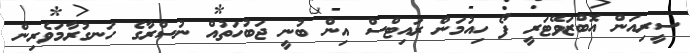
ސީރިއަން އޮބްޒަވޭޓަރީ ފޯ ހިއުމަން ރައިޓްސް އިން ބުނީ ޖަބުހަތުއް ނުސްރާގެ ހަނގުރާމަވެރިން